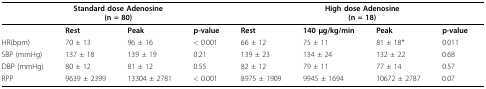
| <COLSPAN=4> Standard dose Adenosine(n = 80) | <COLSPAN=4> High dose Adenosine(n = 18) |
 | --- | --- | --- | --- | --- | --- | --- | --- |
 |  | Rest | Peak | p-value | Rest | 140 μg/kg/min | Peak | p-value |
 | HR(bpm) | 70 ± 13 | 96 ± 16 | < 0.001 | 66 ± 12 | 75 ± 11 | 81 ± 18* | 0.011 |
 | SBP (mmHg) | 137 ± 18 | 139 ± 19 | 0.21 | 139 ± 23 | 134 ± 24 | 132 ± 22 | 0.68 |
 | DBP (mmHg) | 80 ± 12 | 81 ± 12 | 0.55 | 82 ± 12 | 79 ± 11 | 77 ± 14 | 0.57 |
 | RPP | 9639 ± 2399 | 13304 ± 2781 | < 0.001 | 8975 ± 1909 | 9945 ± 1694 | 10672 ± 2787 | 0.07 |